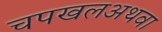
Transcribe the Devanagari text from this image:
चपखलअथवा